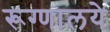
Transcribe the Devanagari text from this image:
रूग्णालये